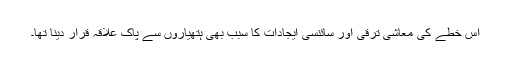
اس خطے کی معاشی ترقی اور سائنسی ایجادات کا سبب بھی ہتھیاروں سے پاک علاقہ قرار دینا تھا۔